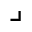
\lrcorner